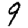
Digit: 9